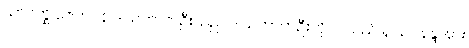
သာဝတ္ထိ ဇေတဝန် ဒါယကာတဦးသည် ဒါယကာတဦးကို ငါ သည် ရှင်ဥပနန္ဒအား